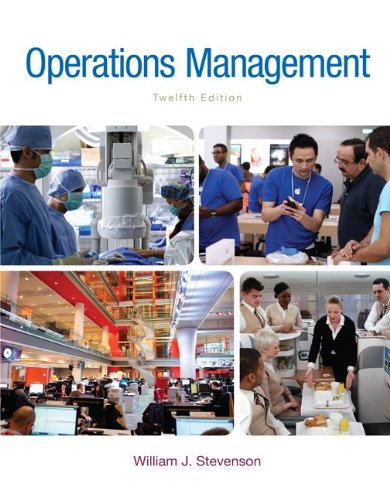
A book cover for GEN CMB OP MGMT; Connect Access Card; William J Stevenson; Business & Money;